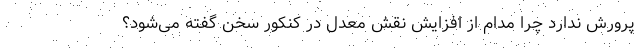
پرورش ندارد چرا مدام از افزایش نقش معدل در کنکور سخن گفته می‌شود؟